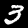
Digit: 3